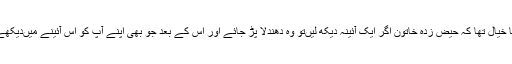
ارسطو جیسے عقل مند شخص کا خیال تھا کہ حیض زدہ خاتون اگر ایک آئینہ دیکھ لیں‌تو وہ دھندلا پڑ جائے اور اس کے بعد جو بھی اپنے آپ کو اس آئینے میں‌دیکھے تواس پر جادو کا اثر ہو جائے۔